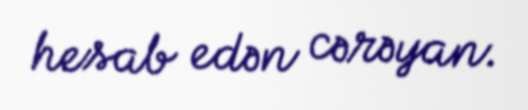
hesab edən cərəyan.